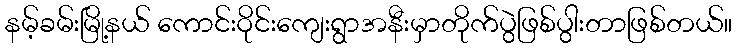
နမ့်ခမ်းမြို့နယ် ကောင်းဝိုင်းကျေးရွာအနီးမှာတိုက်ပွဲဖြစ်ပွါးတာဖြစ်တယ်။